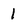
Character: 1